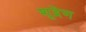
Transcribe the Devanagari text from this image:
शूद्रेण